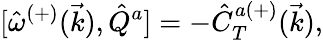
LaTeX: {[}\hat{\omega}^{(+)}(\vec{k}),\hat{Q}^{a}]=-\hat{C}_{T}^{a(+)}(\vec{k}),